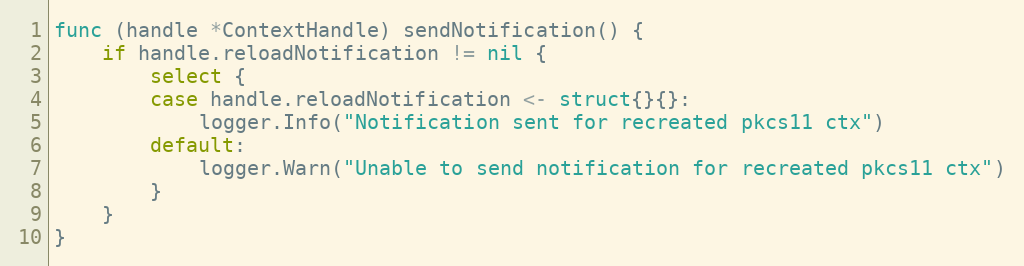
Language: Go
func (handle *ContextHandle) sendNotification() {
	if handle.reloadNotification != nil {
		select {
		case handle.reloadNotification <- struct{}{}:
			logger.Info("Notification sent for recreated pkcs11 ctx")
		default:
			logger.Warn("Unable to send notification for recreated pkcs11 ctx")
		}
	}
}